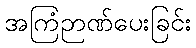
အကြံဉာဏ်ပေးခြင်း